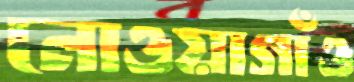
নোওয়াগাঁও